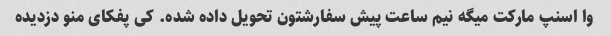
وا اسنپ مارکت میگه نیم ساعت پیش سفارشتون تحویل داده شده. کی پفکای منو دزدیده